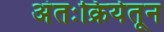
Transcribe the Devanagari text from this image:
अंतःक्रियेतून